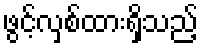
ဖွင့်လှစ်ထားရှိသည့်